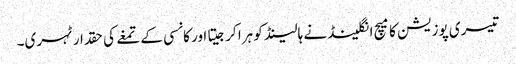
تیسری پوزیشن کا میچ انگلینڈ نے ہالینڈ کو ہرا کرجیتا اور کانسی کے تمغے کی حقدار ٹہری۔